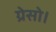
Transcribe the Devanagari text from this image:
ग्रेसो।